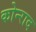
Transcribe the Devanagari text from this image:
कोन्‍राद